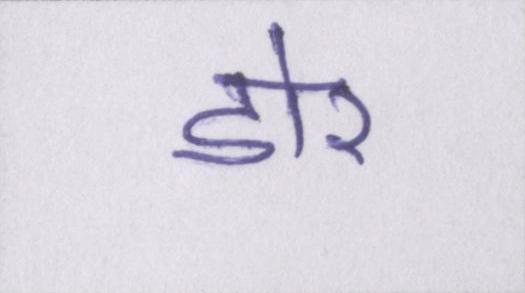
डोर